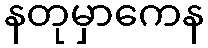
နတုမှာကေန